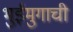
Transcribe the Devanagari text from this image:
भुईमुगाची